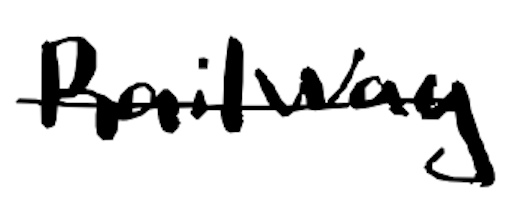
Text: Railway
Cross-out: mix
Writing tool: digital_black